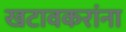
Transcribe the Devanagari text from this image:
खटावकरांना